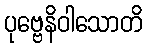
ပုဗ္ဗေနိဝါသောတိ